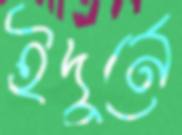
ইদুর্নে